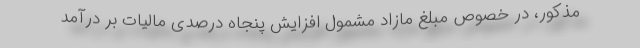
مذکور، در خصوص مبلغ مازاد مشمول افزایش پنجاه درصدی مالیات بر درآمد